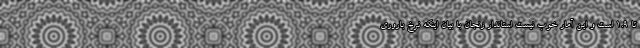
تا ۱.۹ است و این آمار خوب نیست استاندار زنجان با بیان اینکه نرخ باروری